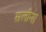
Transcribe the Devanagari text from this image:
सलोना